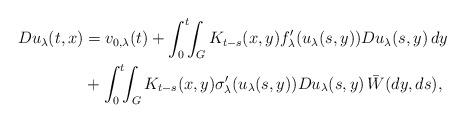
LaTeX: \begin{align*} Du_\lambda(t,x) &= v_{0,\lambda}(t) + \int_0^t\!\!\int_G K_{t-s}(x,y) f'_\lambda(u_\lambda(s,y)) Du_\lambda(s,y)\,dy\\ &+ \int_0^t\!\!\int_G K_{t-s}(x,y) \sigma'_\lambda(u_\lambda(s,y)) Du_\lambda(s,y)\,\bar{W}(dy,ds),\end{align*}